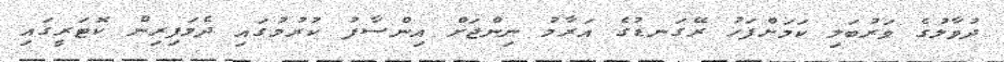
ދުވާލުގެ ވަރުބަލި ކަމަށްފަހު ރޭގަނޑުގެ އަރާމު ނިންޖަށް އިންސާފު ކުރުމުގައި ދެމަފިރިން ކޮޓަރީގައި